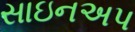
સાઇનઅપ